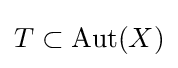
T\subset \operatorname {Aut} (X)